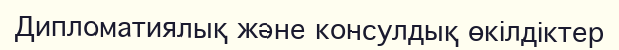
Дипломатиялық және консулдық өкілдіктер